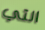
التي